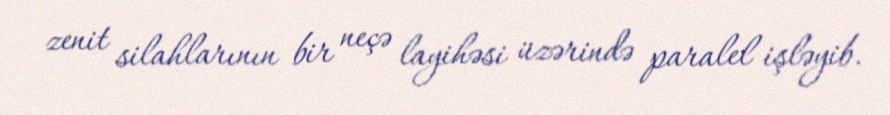
zenit silahlarının bir neçə layihəsi üzərində paralel işləyib.